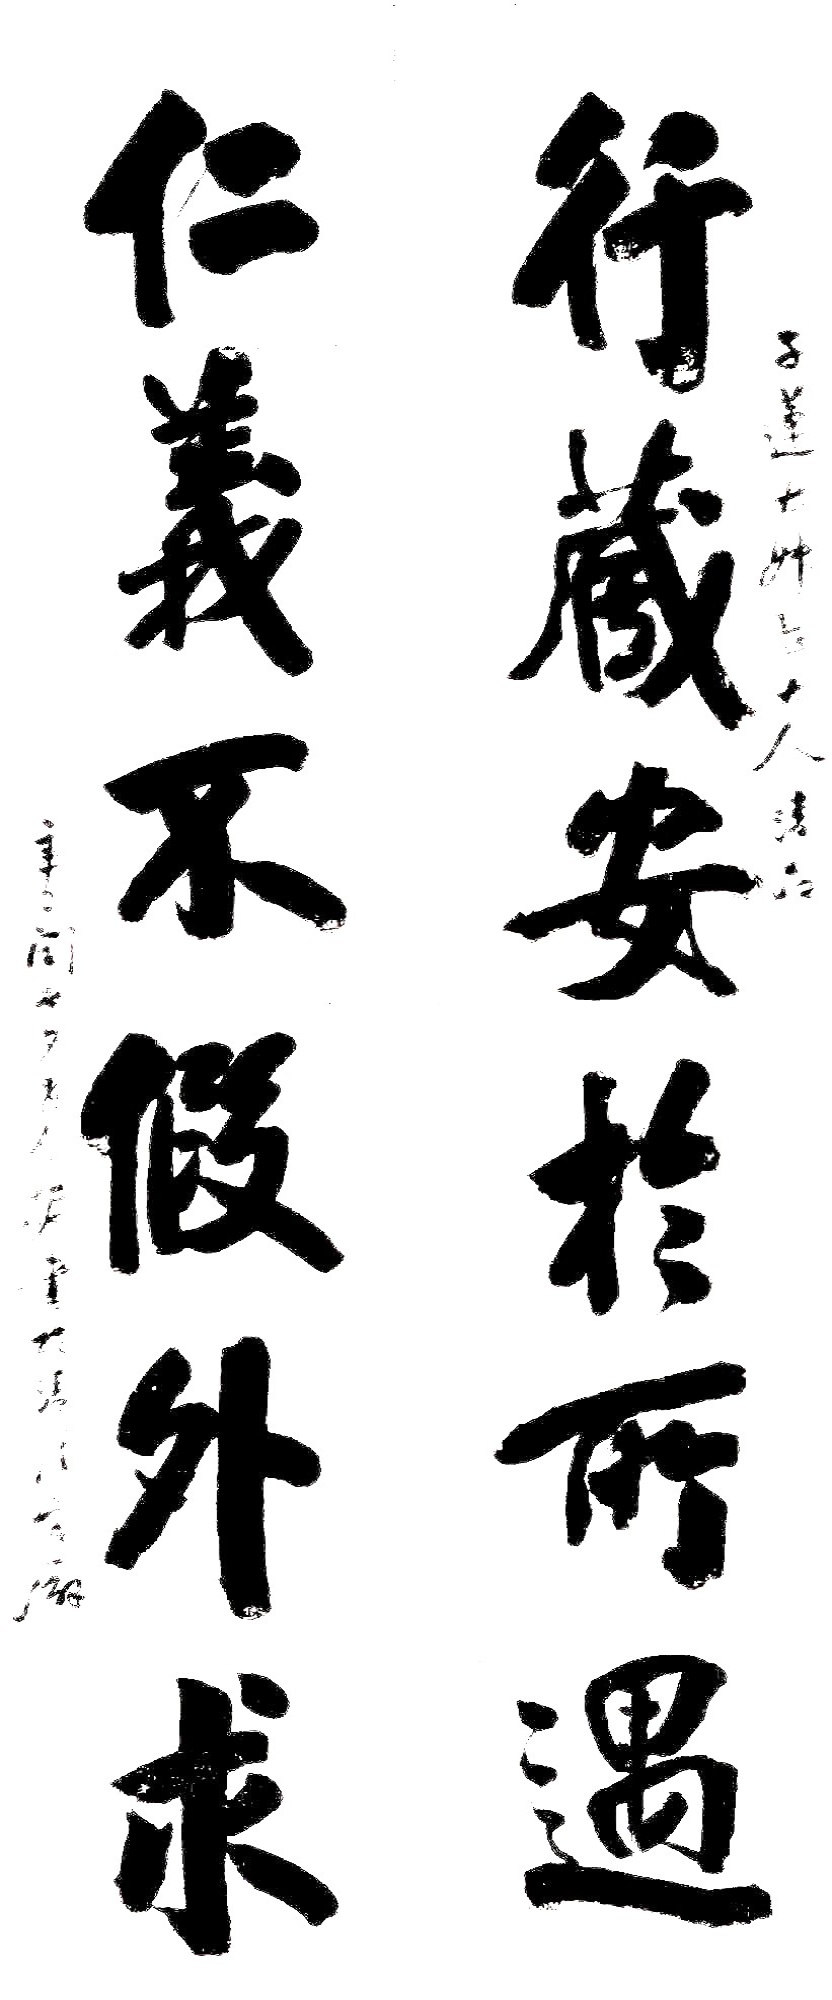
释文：行藏安于所遇，仁义不假外求。子莲太叔岳大人清品，辛巳闰七夕，吴念椿书于清溪官廨。